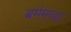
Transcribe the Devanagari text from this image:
बर्मनच्या